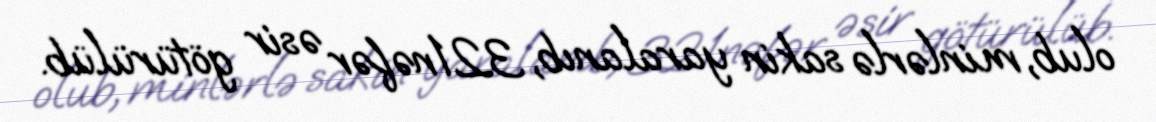
olub, minlərlə sakin yaralanıb, 321nəfər əsir götürülüb.